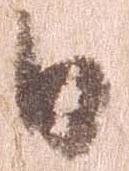
日